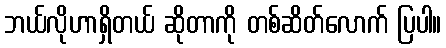
ဘယ်လိုဟာရှိတယ် ဆိုတာကို တစ်ဆိတ်လောက် ပြပါ။